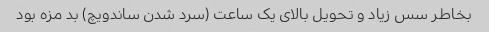
بخاطر سس زیاد و تحویل بالای یک ساعت (سرد شدن ساندویچ) بد مزه بود